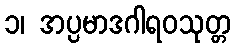
၁၊ အပ္ပမာဒဂါရဝသုတ္တ